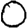
Digit: 0